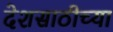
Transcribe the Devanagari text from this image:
देशसाठीच्या